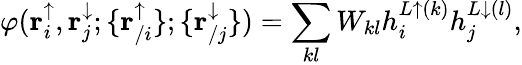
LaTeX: \varphi(\mathbf{r}_{i}^{\uparrow},\mathbf{r}_{j}^{\downarrow};\{ \mathbf{r}_{/i}^{\uparrow}\} ;\{ \mathbf{r}_{/j}^{\downarrow}\} )=\sum_{kl}W_{kl}h_{i}^{L\uparrow(k)}h_{j}^{L\downarrow(l)},